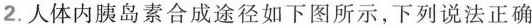
2.人体内胰岛素合成途径如下图所示，下列说法正确